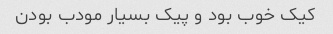
کیک خوب بود و پیک بسیار مودب بودن